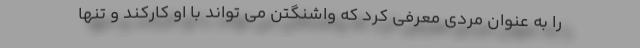
را به عنوان مردی معرفی کرد که واشنگتن می تواند با او کارکند و تنها